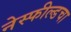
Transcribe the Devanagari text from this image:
नेस्फील्डचा